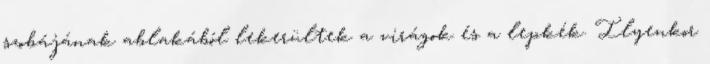
szobájának ablakából lekerültek a virágok és a lepkék. Ilyenkor